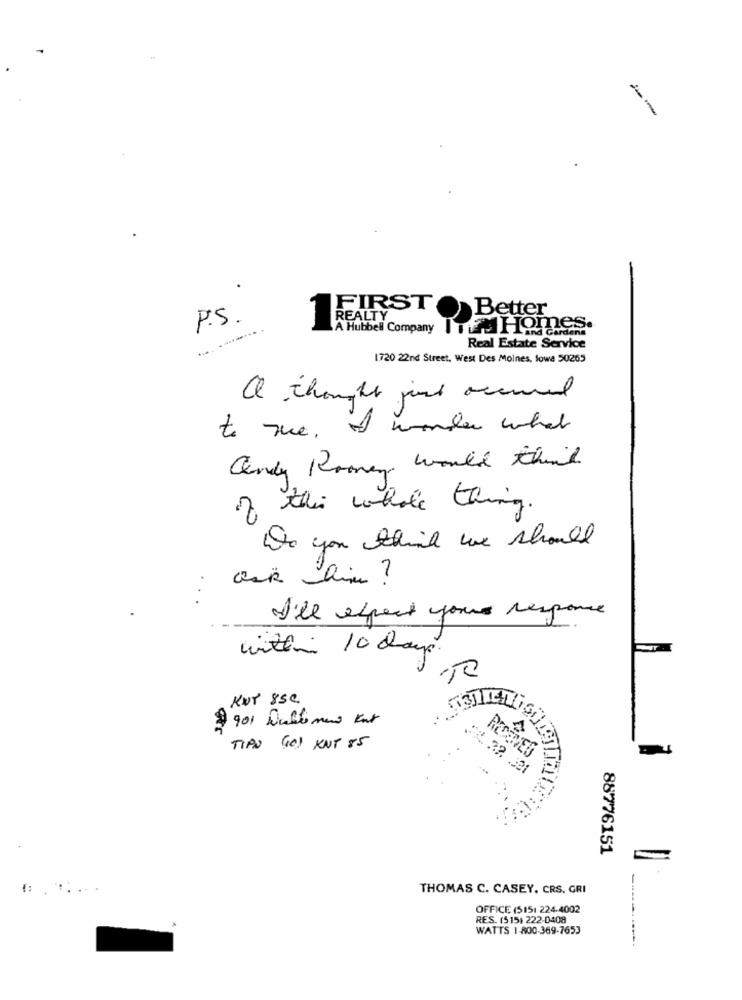
--
.
FIRST
Better
P.S.
A Hubbell Company | Homes.
Lind Gardens
Real Estate Service
1720 22nd Street, West Des Moines, Sowa 50265
al thought just accured
to the. I wonder what
andy Rooney would think
of this whole thing.
Do you think we should
I'll expect your response
within 10 days.
KUT 85C
901 Dulo mas Kot
TIPO (10) KNT 85
RECEIVES
88776151
THOMAS C. CASEY. CRS, GRI
OFFICE (5151 224-4002
RES. (515) 222-0408
WATTS 1-800-369-7653